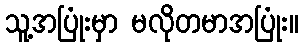
သူ့အပြုံးမှာ မလိုတမာအပြုံး။